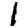
Digit: 1